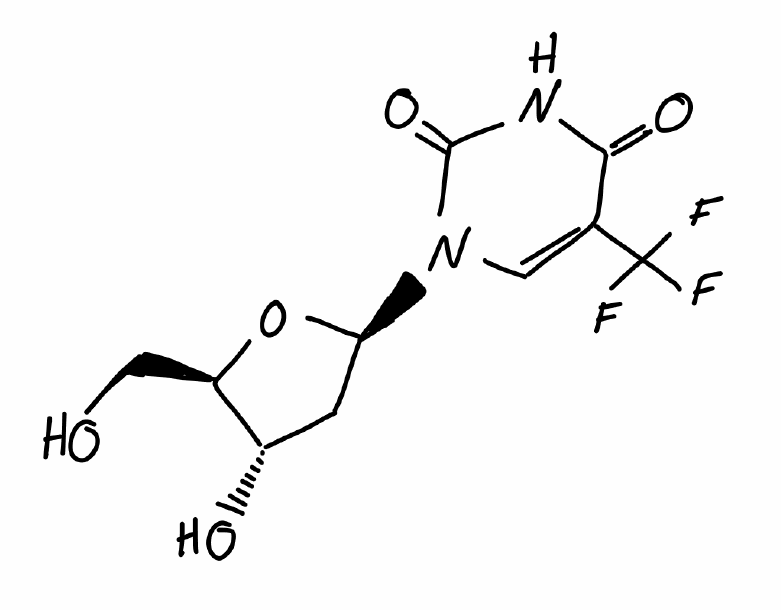
Simplified molecular-input line-entry system (SMILES) notation of the given molecule:
C1[C@@H]([C@H](O[C@H]1N2C=C(C(=O)NC2=O)C(F)(F)F)CO)O